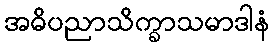
အဓိပညာသိက္ခာသမာဒါနံ